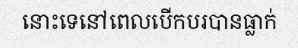
នោះទេនៅពេលបើកបរបានធ្លាក់